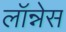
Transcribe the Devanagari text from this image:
लॉन्नेस